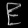
Digit: ၉